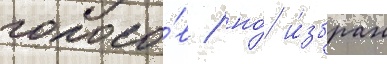
голосо́в / но́ и́збран